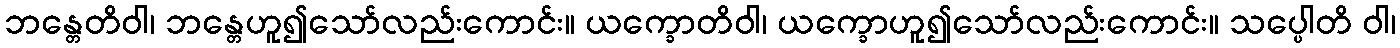
ဘန္တေတိဝါ၊ ဘန္တေဟူ၍သော်လည်းကောင်း။ ယက္ခောတိဝါ၊ ယက္ခောဟူ၍သော်လည်းကောင်း။ သပ္ပေါတိ ဝါ၊